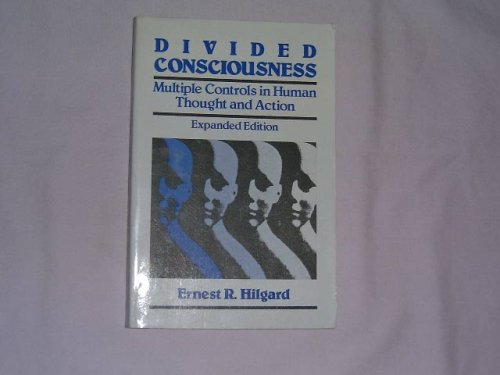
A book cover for Divided Consciousness: Multiple Controls in Human Thought and Action (Wiley series in behaviour); Ernest R. Hilgard; Health, Fitness & Dieting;